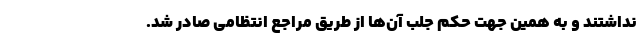
نداشتند و به همین جهت حکم جلب آن‌ها از طریق مراجع انتظامی صادر شد.